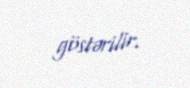
göstərilir.